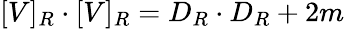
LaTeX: [V]_{R}\cdot[V]_{R}=D_{R}\cdot D_{R}+2m